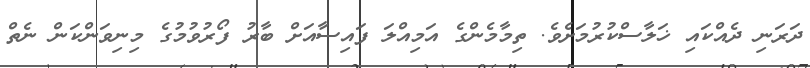
ދަރަނި ދެއްކައި ޚަލާސްކުރުމަށެވެ. ތިމާމެންގެ އަމިއްލަ ފައިސާއަށް ބާރު ފޯރުވުމުގެ މިނިވަންކަން ނެތް